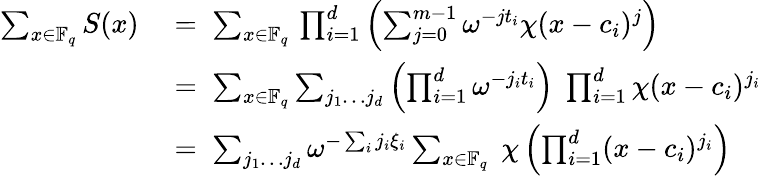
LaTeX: \begin{array}{rl}{\sum_{x\in\mathbb{F}_{q}}S(x)\; }&{=\; \sum_{x\in\mathbb{F}_{q}}\, \prod_{i=1}^{d}\left(\sum_{j=0}^{m-1}\omega^{-jt_{i}}\chi(x-c_{i})^{j}\right)}\\ {\; }&{=\; \sum_{x\in\mathbb{F}_{q}}\sum_{j_{1}\dots j_{d}}\left(\prod_{i=1}^{d}\omega^{-j_{i}t_{i}}\right)\; \prod_{i=1}^{d}\chi(x-c_{i})^{j_{i}}}\\ {\; }&{=\; \sum_{j_{1}\dots j_{d}}\omega^{-\sum_{i}j_{i}\xi_{i}}\sum_{x\in\mathbb{F}_{q}}\; \chi\left(\prod_{i=1}^{d}(x-c_{i})^{j_{i}}\right)}\end{array}